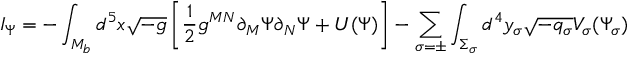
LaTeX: I _ { \Psi } = - \int _ { { \cal M } _ { b } } d ^ { 5 } x \sqrt { - g } \left[ \frac { 1 } { 2 } g ^ { M N } \partial _ { M } \Psi \partial _ { N } \Psi + U ( \Psi ) \right] - \sum _ { \sigma = \pm } \int _ { \Sigma _ { \sigma } } d ^ { 4 } y _ { \sigma } \sqrt { - q _ { \sigma } } V _ { \sigma } ( \Psi _ { \sigma } )